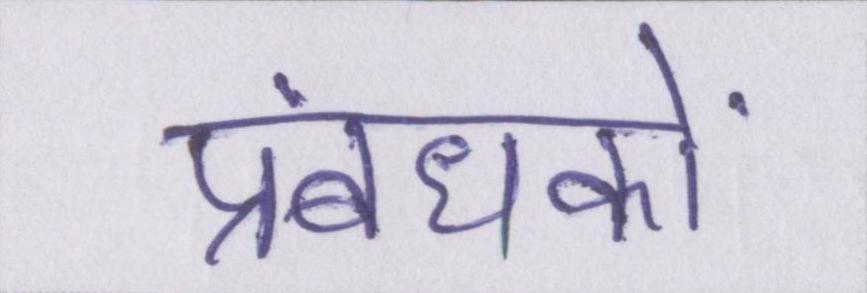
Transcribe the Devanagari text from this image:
प्रबंधकों